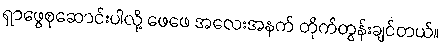
ရှာဖွေစုဆောင်းပါလို့ ဖေဖေ အလေးအနက် တိုက်တွန်းချင်တယ်။